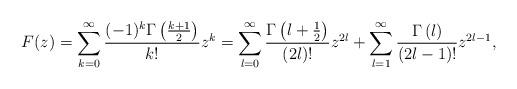
LaTeX: \begin{align*}F(z) = \sum_{k=0}^\infty \frac{(-1)^k \Gamma\left(\frac{k+1}{2}\right)}{k!}z^k = \sum_{l=0}^\infty \frac{ \Gamma\left(l+\frac 12 \right)}{(2l)!}z^{2l} +\sum_{l=1}^\infty \frac{ \Gamma\left(l \right)}{(2l-1)!}z^{2l-1},\end{align*}